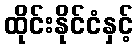
ထိုင်းနိုင်ငံနှင့်